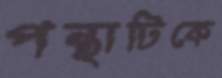
পন্থাটিকে